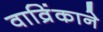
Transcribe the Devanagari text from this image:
वाव्रिंकाने